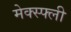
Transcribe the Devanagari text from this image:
मेक्स्फ्ली